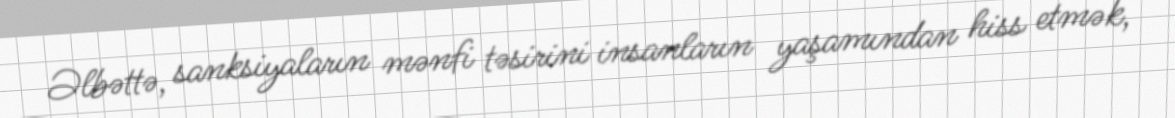
Əlbəttə, sanksiyaların mənfi təsirini insanların yaşamından hiss etmək,